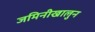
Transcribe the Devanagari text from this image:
जमिनीखालुन